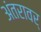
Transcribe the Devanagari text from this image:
अंतरावर्